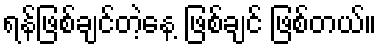
ရန်ဖြစ်ချင်တဲ့နေ့ ဖြစ်ချင် ဖြစ်တယ်။